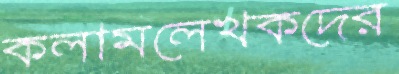
কলামলেখকদের